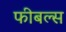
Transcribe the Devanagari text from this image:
फीबल्स